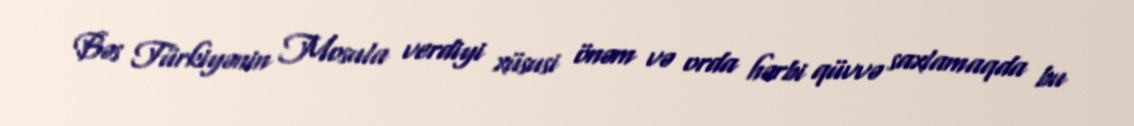
Bəs Türkiyənin Mosula verdiyi xüsusi önəm və orda hərbi qüvvə saxlamaqda bu